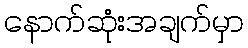
နောက်ဆုံးအချက်မှာ